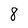
Character: 8